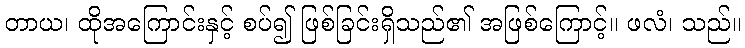
တာယ၊ ထိုအကြောင်းနှင့် စပ်၍ ဖြစ်ခြင်းရှိသည်၏ အဖြစ်ကြောင့်။ ဖလံ၊ သည်။